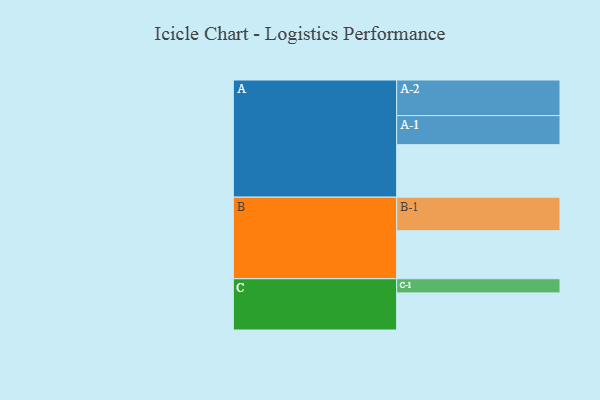
{"axis": {"x": "Segment", "y": "Value"}, "legend": ["", "A", "B", "C"], "data": [{"x": "A", "y": 426, "type": ""}, {"x": "B", "y": 390, "type": ""}, {"x": "C", "y": 301, "type": ""}, {"x": "A-1", "y": 236, "type": "A"}, {"x": "A-2", "y": 289, "type": "A"}, {"x": "B-1", "y": 272, "type": "B"}, {"x": "C-1", "y": 115, "type": "C"}]}